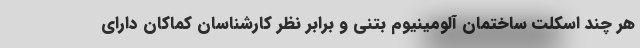
هر چند اسکلت ساختمان آلومینیوم بتنی و برابر نظر کارشناسان کماکان دارای